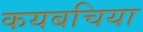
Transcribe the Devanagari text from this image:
कयबचिया